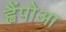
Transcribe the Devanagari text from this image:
ह्वैंपोआ